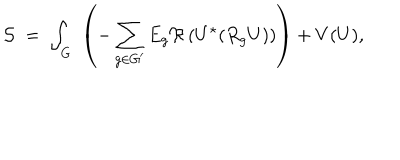
{ \cal S } \; = \; \int _ { G } \; \left( - \sum _ { g \in G ^ { \prime } } E _ { g } \Re \left( U ^ { \star } ( R _ { g } U ) \right) \right) + V ( U ) ,